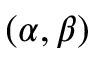
( \alpha , \beta )